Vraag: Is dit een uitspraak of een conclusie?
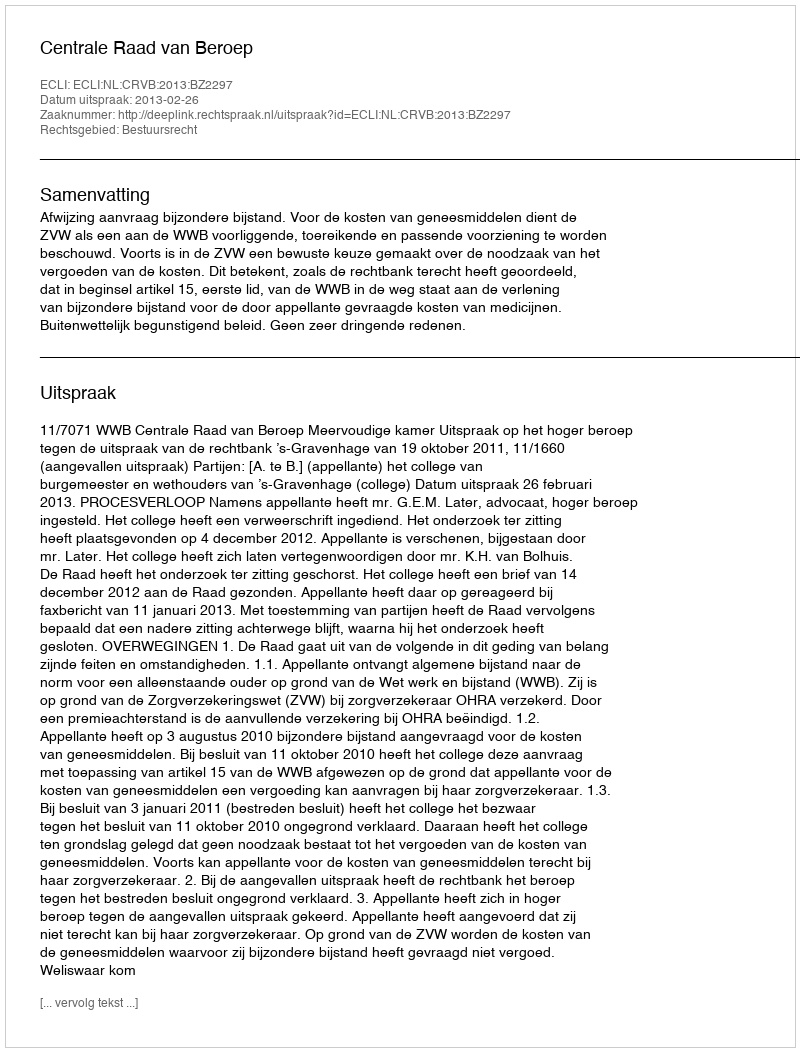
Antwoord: Uitspraak